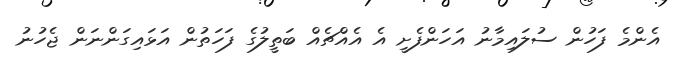
އެންމެ ފަހުން ސުލައިމާނު އަހަންފެށީ އެ އެއްޗެއް ބަތީލުގެ ފަހަތުން އަޅައިގަންނަން ޖެހުނު